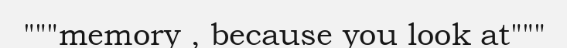
"""memory , because you look at"""